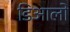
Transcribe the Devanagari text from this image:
डिआलो